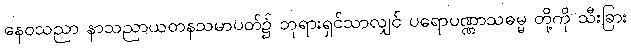
နေဝသညာ နာသညာယတနသမာပတ်၌ ဘုရားရှင်သာလျှင် ပရောပဏ္ဏာသဓမ္မ တို့ကို သီးခြား